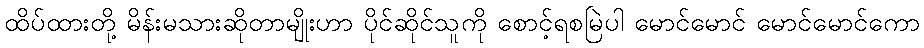
ထိပ်ထားတို့ မိန်းမသားဆိုတာမျိုးဟာ ပိုင်ဆိုင်သူကို စောင့်ရစမြဲပါ မောင်မောင် မောင်မောင်ကော